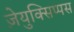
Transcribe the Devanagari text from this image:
ज़ेयुक्सिप्पस